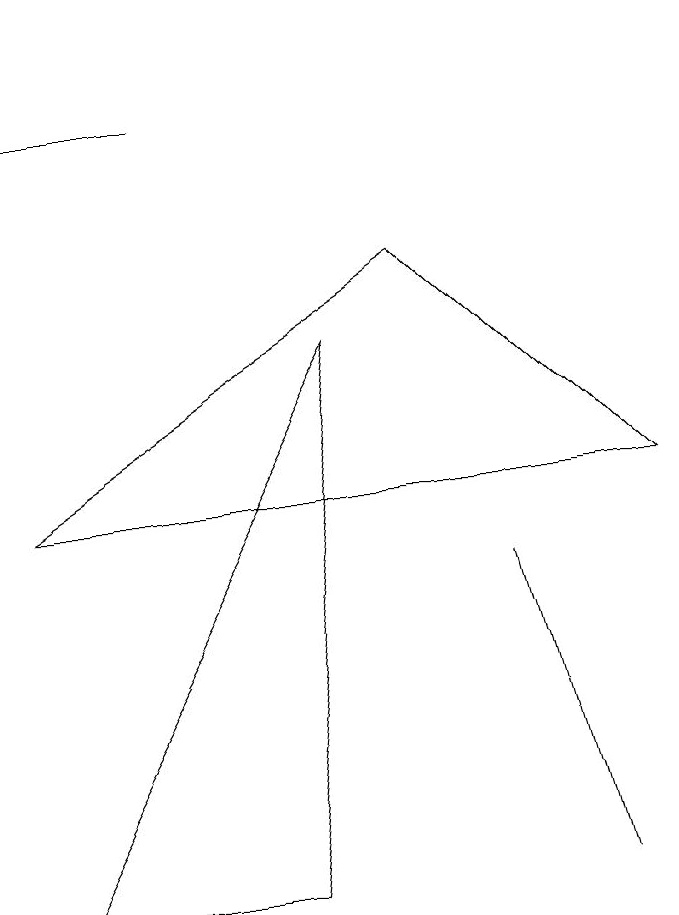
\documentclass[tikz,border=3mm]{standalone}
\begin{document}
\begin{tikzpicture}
\draw (6,9) -- (1,6) -- (9,6) -- cycle;
\draw (5,8) -- (4,1) -- (1,1) -- cycle;
\draw (8,1) -- (7,5) -- (8,1) -- cycle;
\draw (1,11) rectangle (3,11);
\draw[->] (1,12) -- (1,12);
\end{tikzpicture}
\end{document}